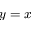
y = x